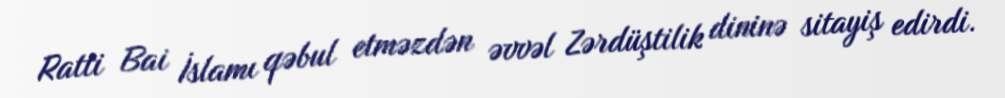
Ratti Bai İslamı qəbul etməzdən əvvəl Zərdüştilik dininə sitayiş edirdi.